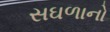
સઘળાનો